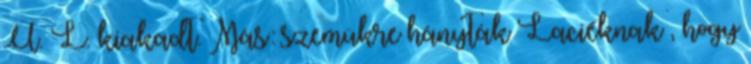
Ü. L. kiakadt. Más: szemükre hányták Laciéknak , hogy